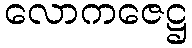
လောကဇေဋ္ဌ